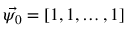
\vec { \psi _ { 0 } } = [ 1 , 1 , \ldots , 1 ]